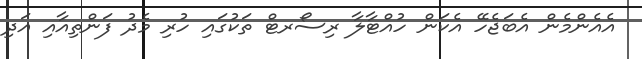
އެއެންމެން އެބަޖެހޭ އެކަން ހުއްޓާލާ ރިސޯރޓް ތަކުގައި ހުރި މެދު ފަންތިއާއި އަދި